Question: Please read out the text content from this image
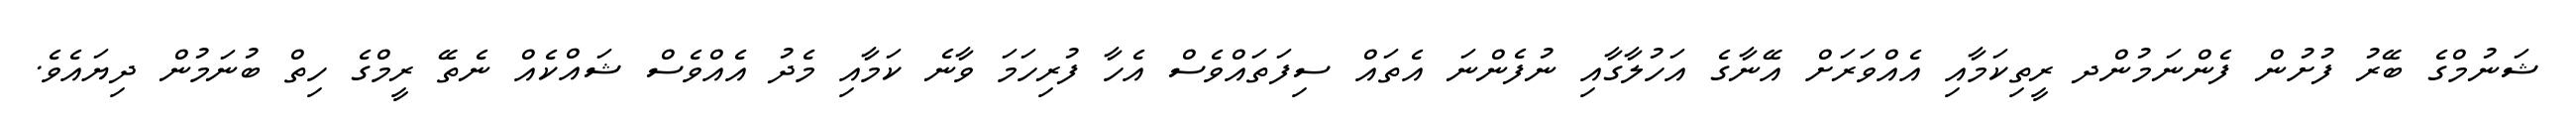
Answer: ޝަނުމްގެ ބޭރު ފުށުން ފެންނަމުންދ ރީތިކަމާއި އެއްވަރަށް އޭނާގެ އަހުލާގާއި ނުފެންނަ އެތައް ސިފަތައްވެސް އެހާ ފުރިހަމަ ވާނެ ކަމާއި މެދު އެއްވެސް ޝައްކެއް ނެތޭ ރީމްގެ ހިތް ބުނަމުން ދިޔައެވެ.